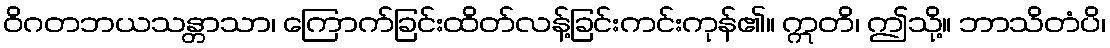
ဝိဂတဘယသန္တာသာ၊ ကြောက်ခြင်းထိတ်လန့်ခြင်းကင်းကုန်၏။ ဣတိ၊ ဤသို့။ ဘာသိတံပိ၊